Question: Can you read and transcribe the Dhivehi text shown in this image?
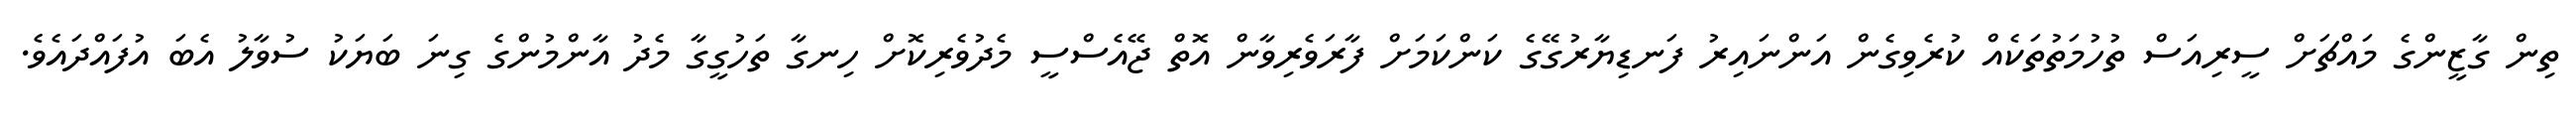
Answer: ތިން ގާޒީންގެ މައްޗަށް ސީރިއަސް ތުހުމަތުތަކެއް ކުރެވިގެން އަންނައިރު ފަނޑިޔާރުގޭގެ ކަންކަމަށް ފާރަވެރިވާން އޮތް ޖޭއެސްސީ މެދުވެރިކޮށް ހިނގާ ތަހުގީގާ މެދު އާންމުންގެ ގިނަ ބަޔަކު ސުވާލު އެބަ އުފައްދައެވެ.